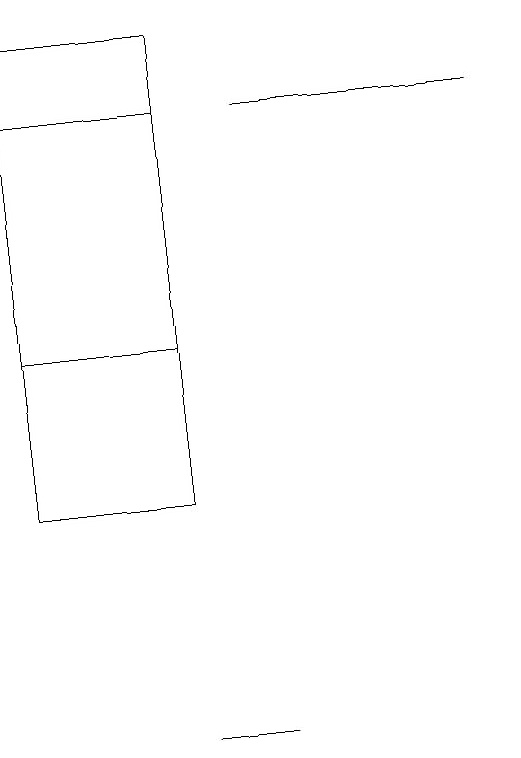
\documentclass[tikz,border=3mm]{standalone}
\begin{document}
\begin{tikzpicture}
\draw (3,10) rectangle (2,10);
\draw (0,19) rectangle (2,15);
\draw (2,13) rectangle (0,18);
\draw (6,18) rectangle (3,18);
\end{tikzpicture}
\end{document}